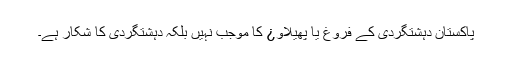
پاکستان دہشتگردی کے فروغ یا پھیلاو¿ کا موجب نہیں بلکہ دہشتگردی کا شکار ہے۔